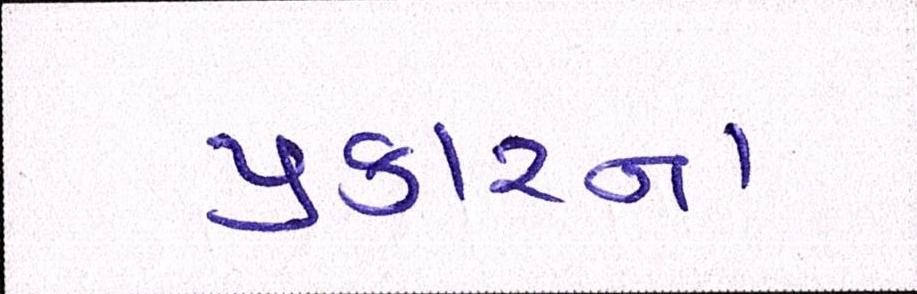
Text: પ્રકારના